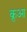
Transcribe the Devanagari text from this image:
क्रुआ